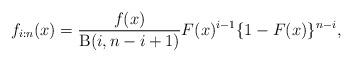
LaTeX: \begin{align*}f_{i:n}(x)=\frac{f(x)}{\operatorname{B}(i,n-i+1)}F(x)^{i-1}\{1-F(x)\}^{n-i},\end{align*}